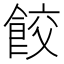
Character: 餃